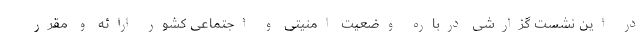
در این نشست گزارشی درباره وضعیت امنیتی و اجتماعی کشور ارائه و مقرر